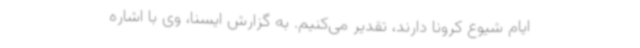
ایام شیوع کرونا دارند، تقدیر می‌کنیم. به گزارش ایسنا، وی با اشاره